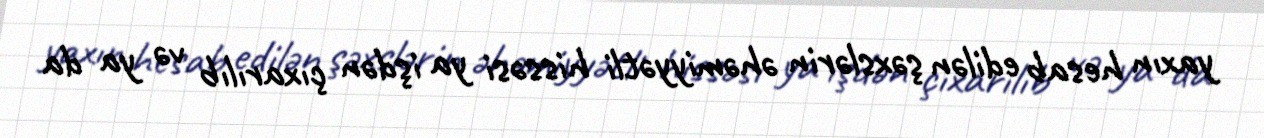
yaxın hesab edilən şəxslərin əhəmiyyətli hissəsi ya işdən çıxarılıb və ya da